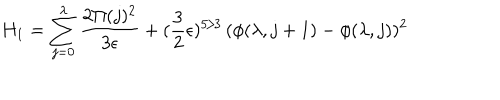
H _ { 1 } = \sum _ { j = 0 } ^ { \lambda } { \frac { 2 \Pi ( j ) ^ { 2 } } { 3 \epsilon } } + ( { \frac { 3 } { 2 } } \epsilon ) ^ { 5 / 3 } \, ( \phi ( \lambda , j + 1 ) - \phi ( \lambda , j ) ) ^ { 2 }